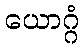
ယောဂ္ဂံ